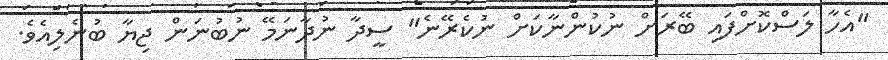
"އެހާ ލަސްކޮށްފައި ބޭރަށް ނުކުންނާކަށް ނުކެރޭނެ" ސީދާ ނުދާނަމޭ ނުބުނަން ޖިޔާ ބުނެލިއެވެ.